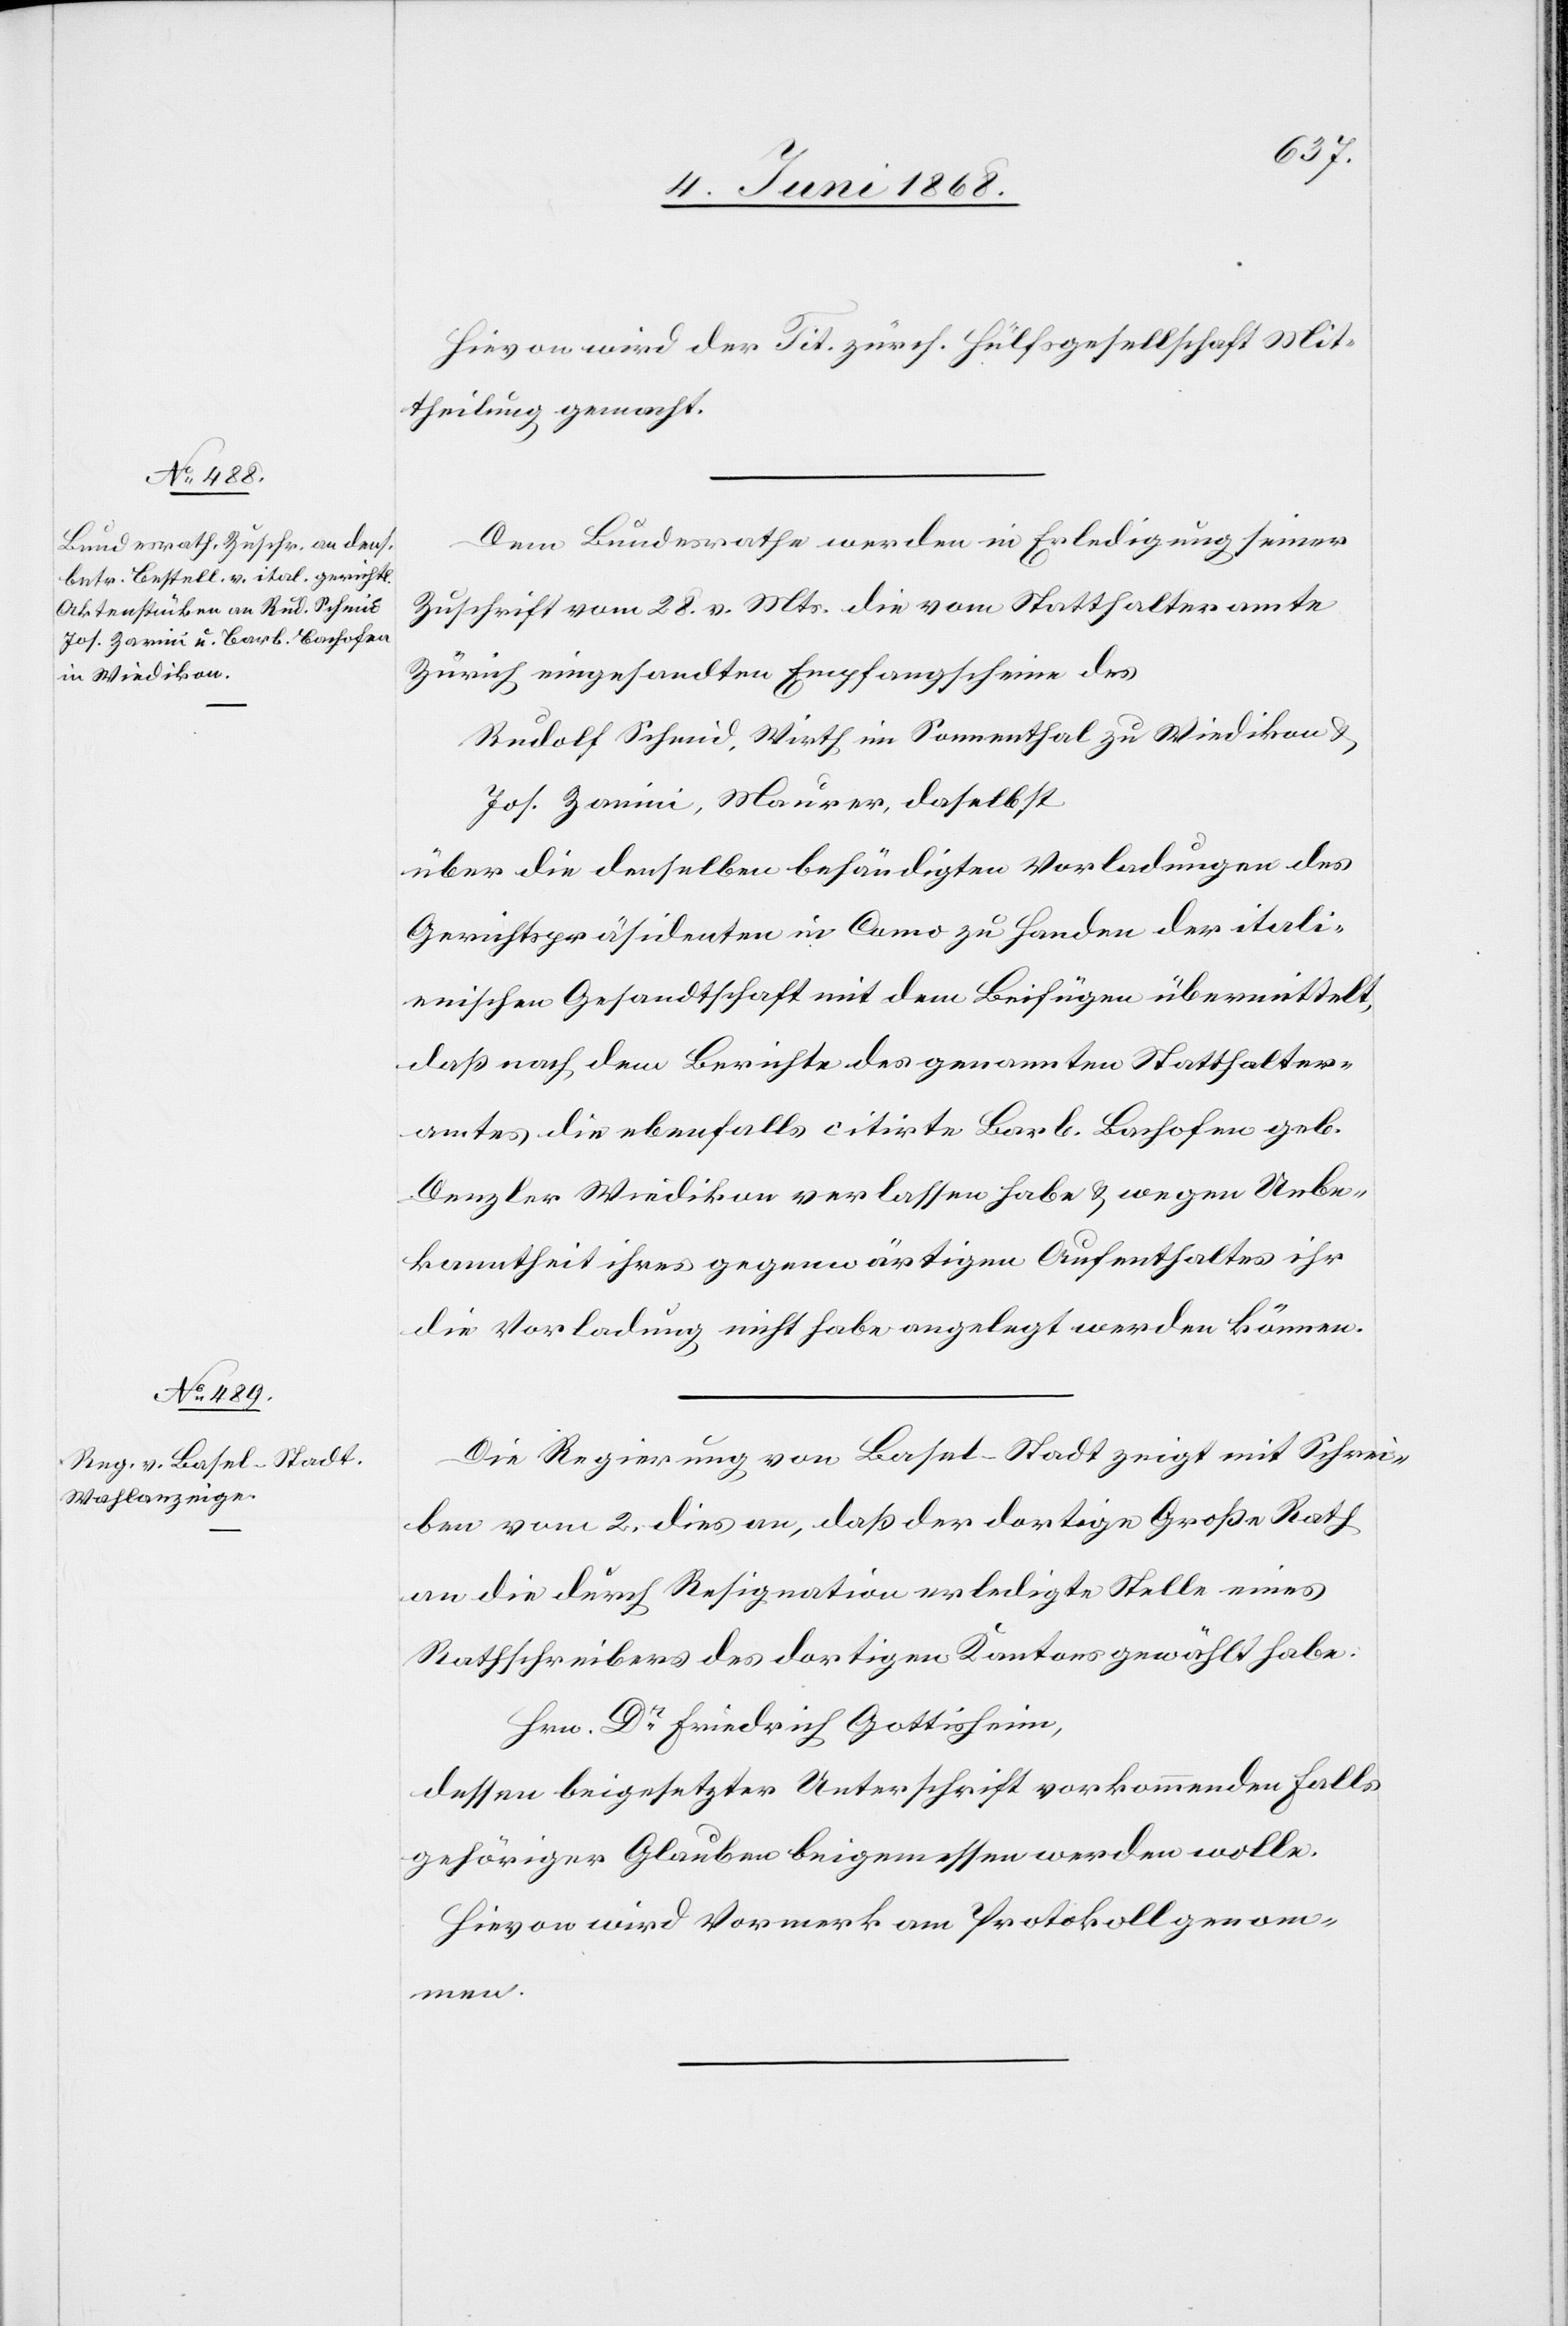
12. Juni 1868.]
Hievon wird der Tit. zürch. Hülfsgesellschaft Mit¬
theilung gemacht.
Dem Bundesrathe werden in Erledigung seiner
Zuschrift vom 28. v. Mts. die vom Statthalteramte
Zürich eingesandten Empfangscheine des
Rudolf Schmid, Wirth im Sonnenthal zu Wiedikon &
Jos. Zanini [sic!], Maurer, daselbst
über die denselben behändigten Vorladungen des
Gerichtspräsidenten in Como zu Handen der itali¬
enischen Gesandtschaft mit dem Beifügen übermittelt,
daß nach dem Berichte des genannten Statthalter¬
amtes die ebenfalls citirte Barb. Bachofen geb.
Denzler Wiedikon verlassen habe & wegen Unbe¬
kanntheit ihres gegenwärtigen Aufenthaltes ihr
die Vorladung nicht habe angelegt werden können.
Die Regierung von Basel-Stadt zeigt mit Schrei¬
ben vom 2. dies an, daß der dortige Große Rath
an die durch Resignation erledigte Stelle eines
Rathschreibers des dortigen Kantons gewählt habe:
Hrn. Dr Friedrich Gottisheim,
dessen beigesetzter Unterschrift vorkommenden Falls
gehöriger Glauben beigemessen werden wolle.
Hievon wird Vormerk am Protokoll genom¬
men.